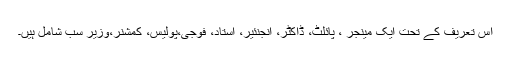
اس تعریف کے تحت ایک مینجر ، پائلٹ، ڈاکٹر، انجنئیر، استاد، فوجی،پولیس، کمشنر،وزیر سب شامل ہیں۔